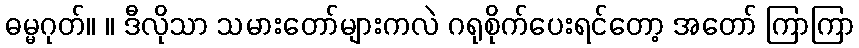
ဓမ္မဂုတ်။ ။ ဒီလိုသာ သမားတော်များကလဲ ဂရုစိုက်ပေးရင်တော့ အတော် ကြာကြာ